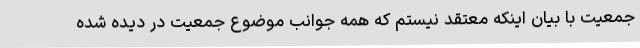
جمعیت با بیان اینکه معتقد نیستم که همه جوانب موضوع جمعیت در دیده شده